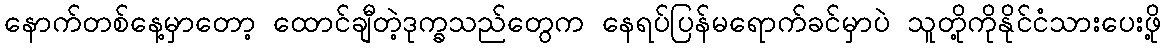
နောက်တစ်နေ့မှာတော့ ထောင်ချီတဲ့ဒုက္ခသည်တွေက နေရပ်ပြန်မရောက်ခင်မှာပဲ သူတို့ကိုနိုင်ငံသားပေးဖို့